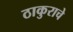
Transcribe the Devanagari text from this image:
ठाकुराचे